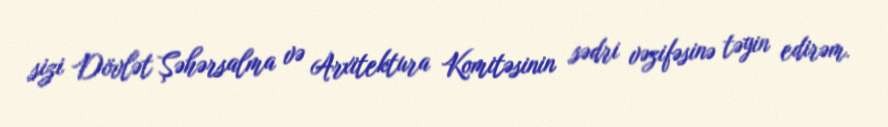
sizi Dövlət Şəhərsalma və Arxitektura Komitəsinin sədri vəzifəsinə təyin edirəm.